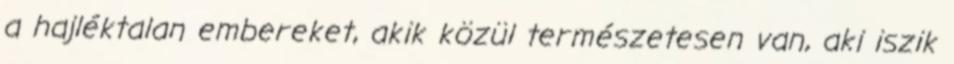
a hajléktalan embereket, akik közül természetesen van, aki iszik